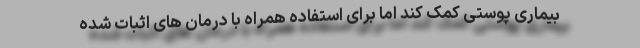
بیماری پوستی کمک کند اما برای استفاده همراه با درمان های اثبات شده